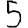
Digit: 5